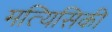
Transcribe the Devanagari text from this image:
मत्यिसिकी